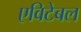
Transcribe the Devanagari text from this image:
एविटेबल